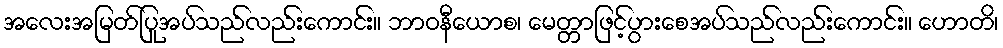
အလေးအမြတ်ပြုအပ်သည်လည်းကောင်း။ ဘာဝနီယောစ၊ မေတ္တာဖြင့်ပွားစေအပ်သည်လည်းကောင်း။ ဟောတိ၊